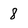
Character: 8